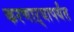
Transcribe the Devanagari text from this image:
करणाऱ्यापर्यंत